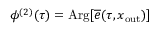
\phi ^ { ( 2 ) } ( \tau ) = \mathrm { A r g } [ \overline { { e } } ( \tau , x _ { \mathrm { o u t } } ) ]